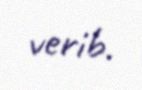
verib.